Bréfritari: Jakobína Jónsdóttir
Viðtakandi: Sólveig Jónsdóttir
Dagsetning: A-1879-01-29
Skrifað á: Bessastöðum  Gull.
systir bréfviðtakanda

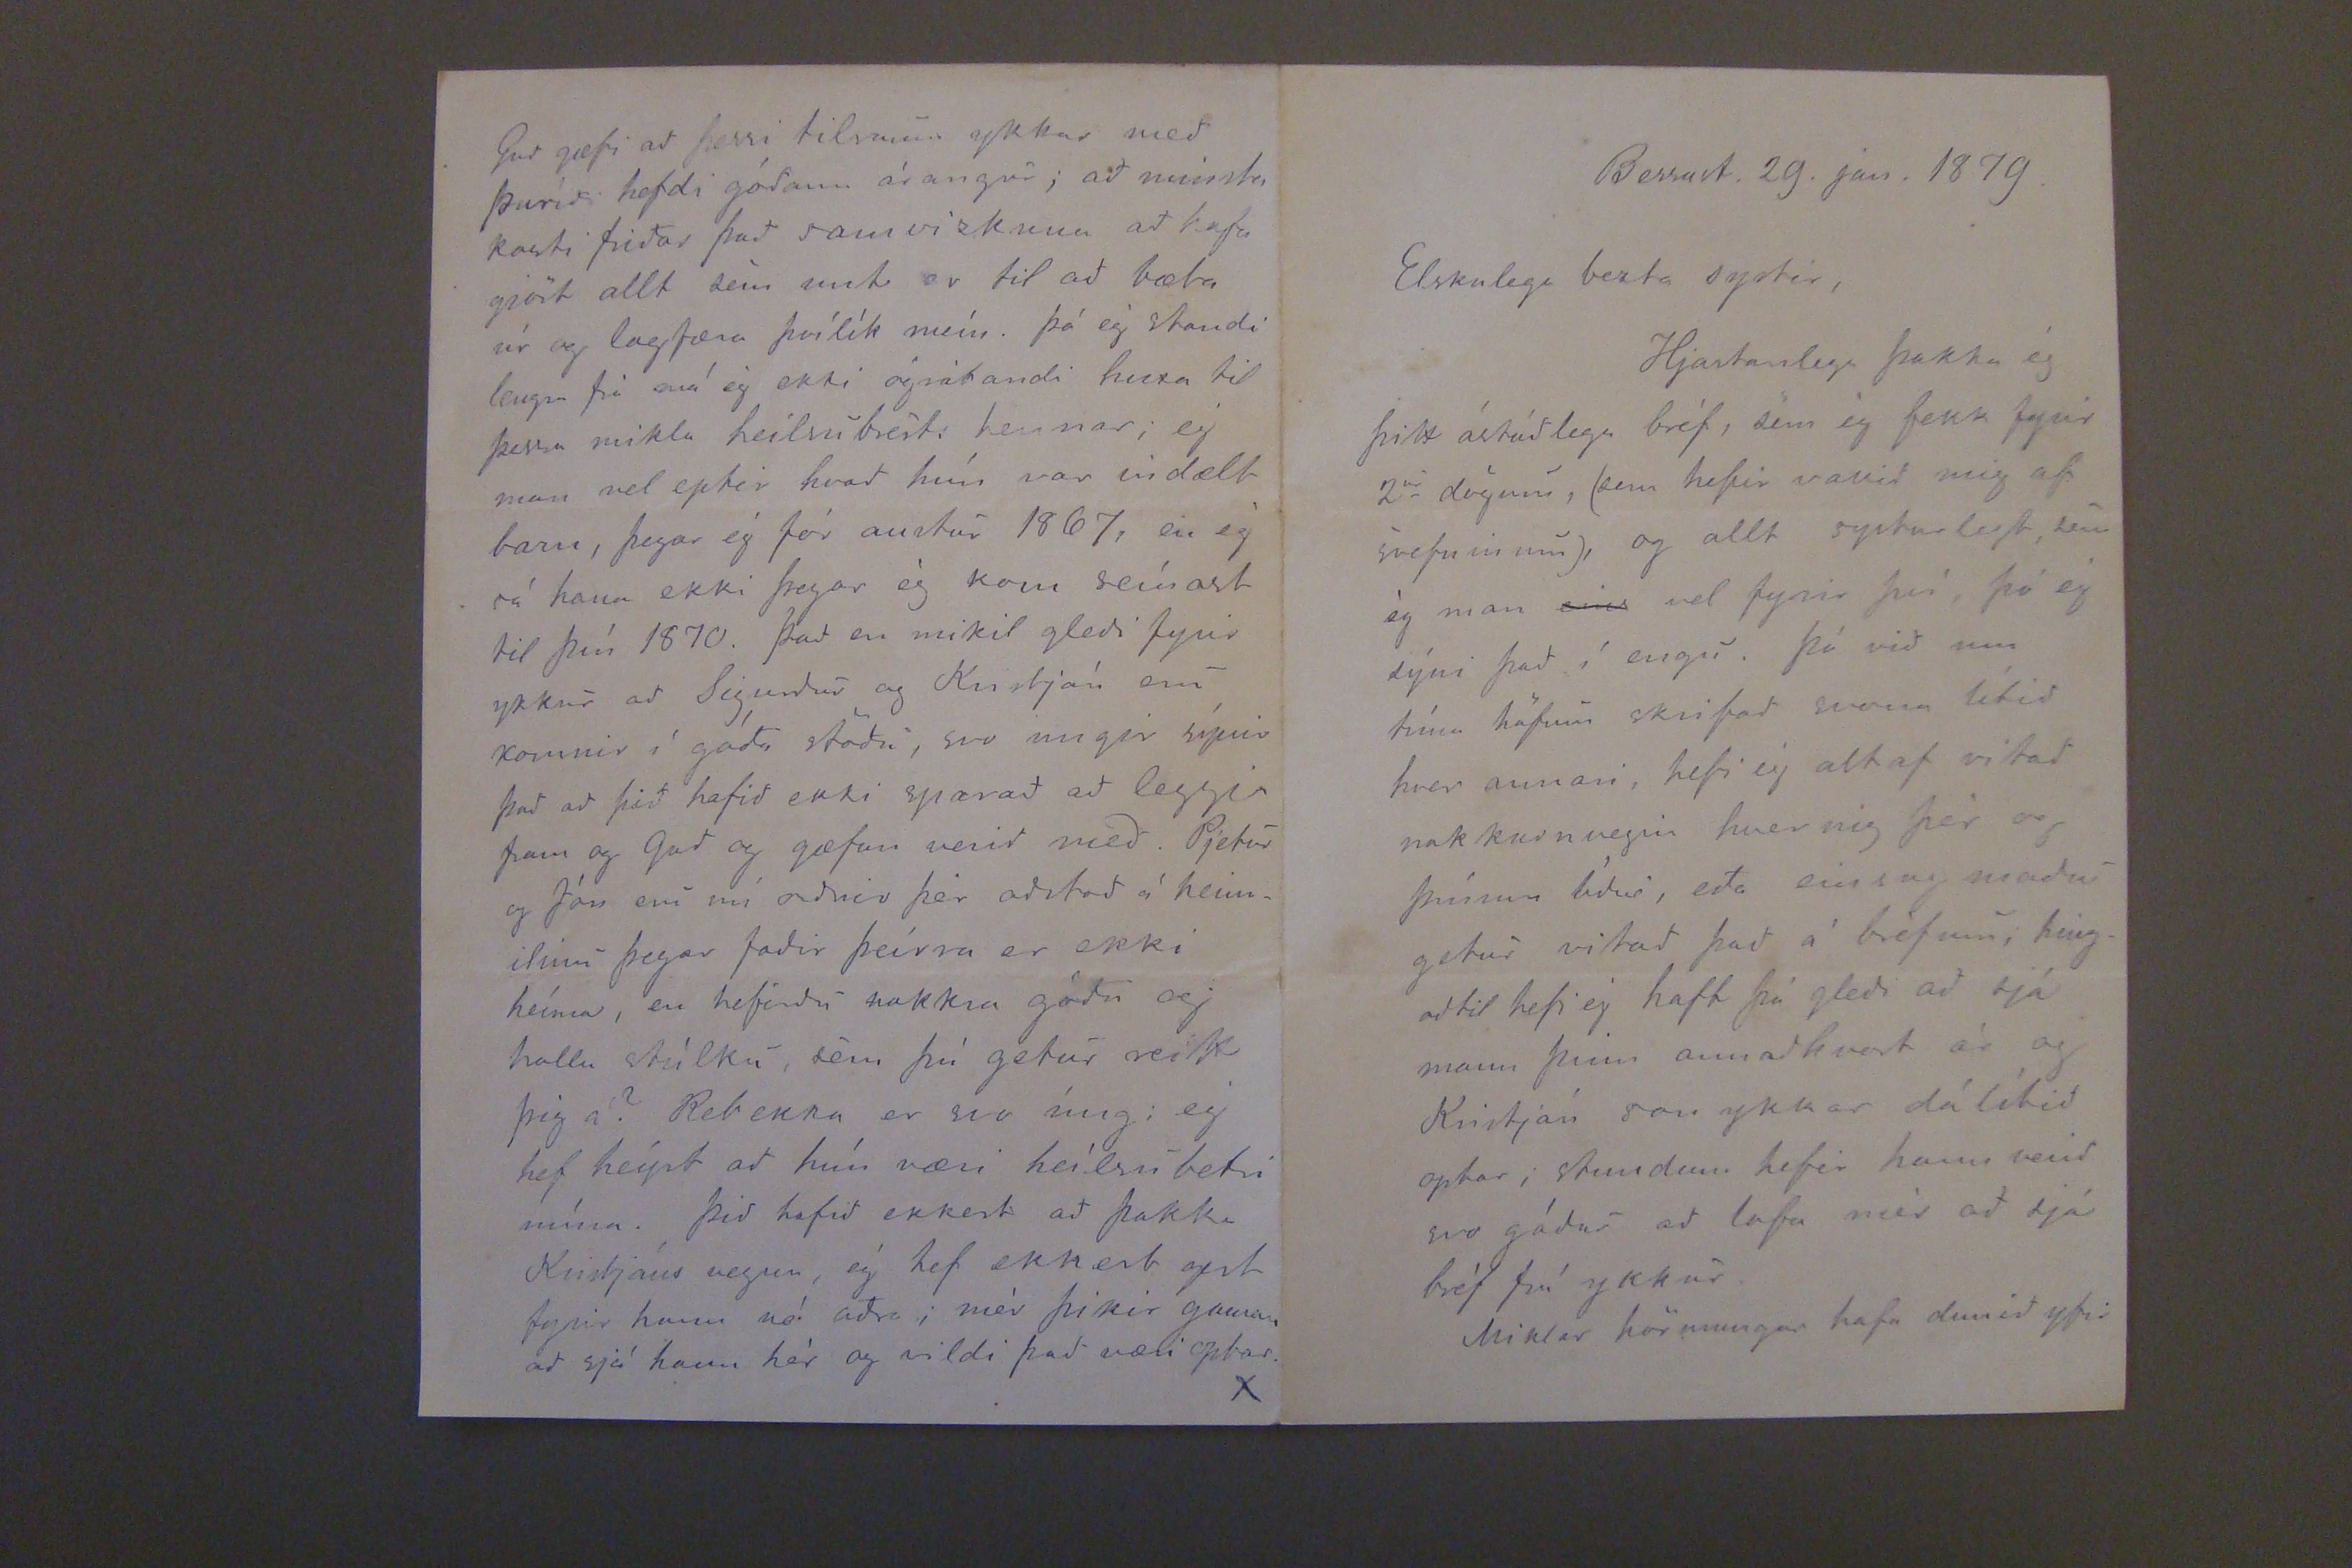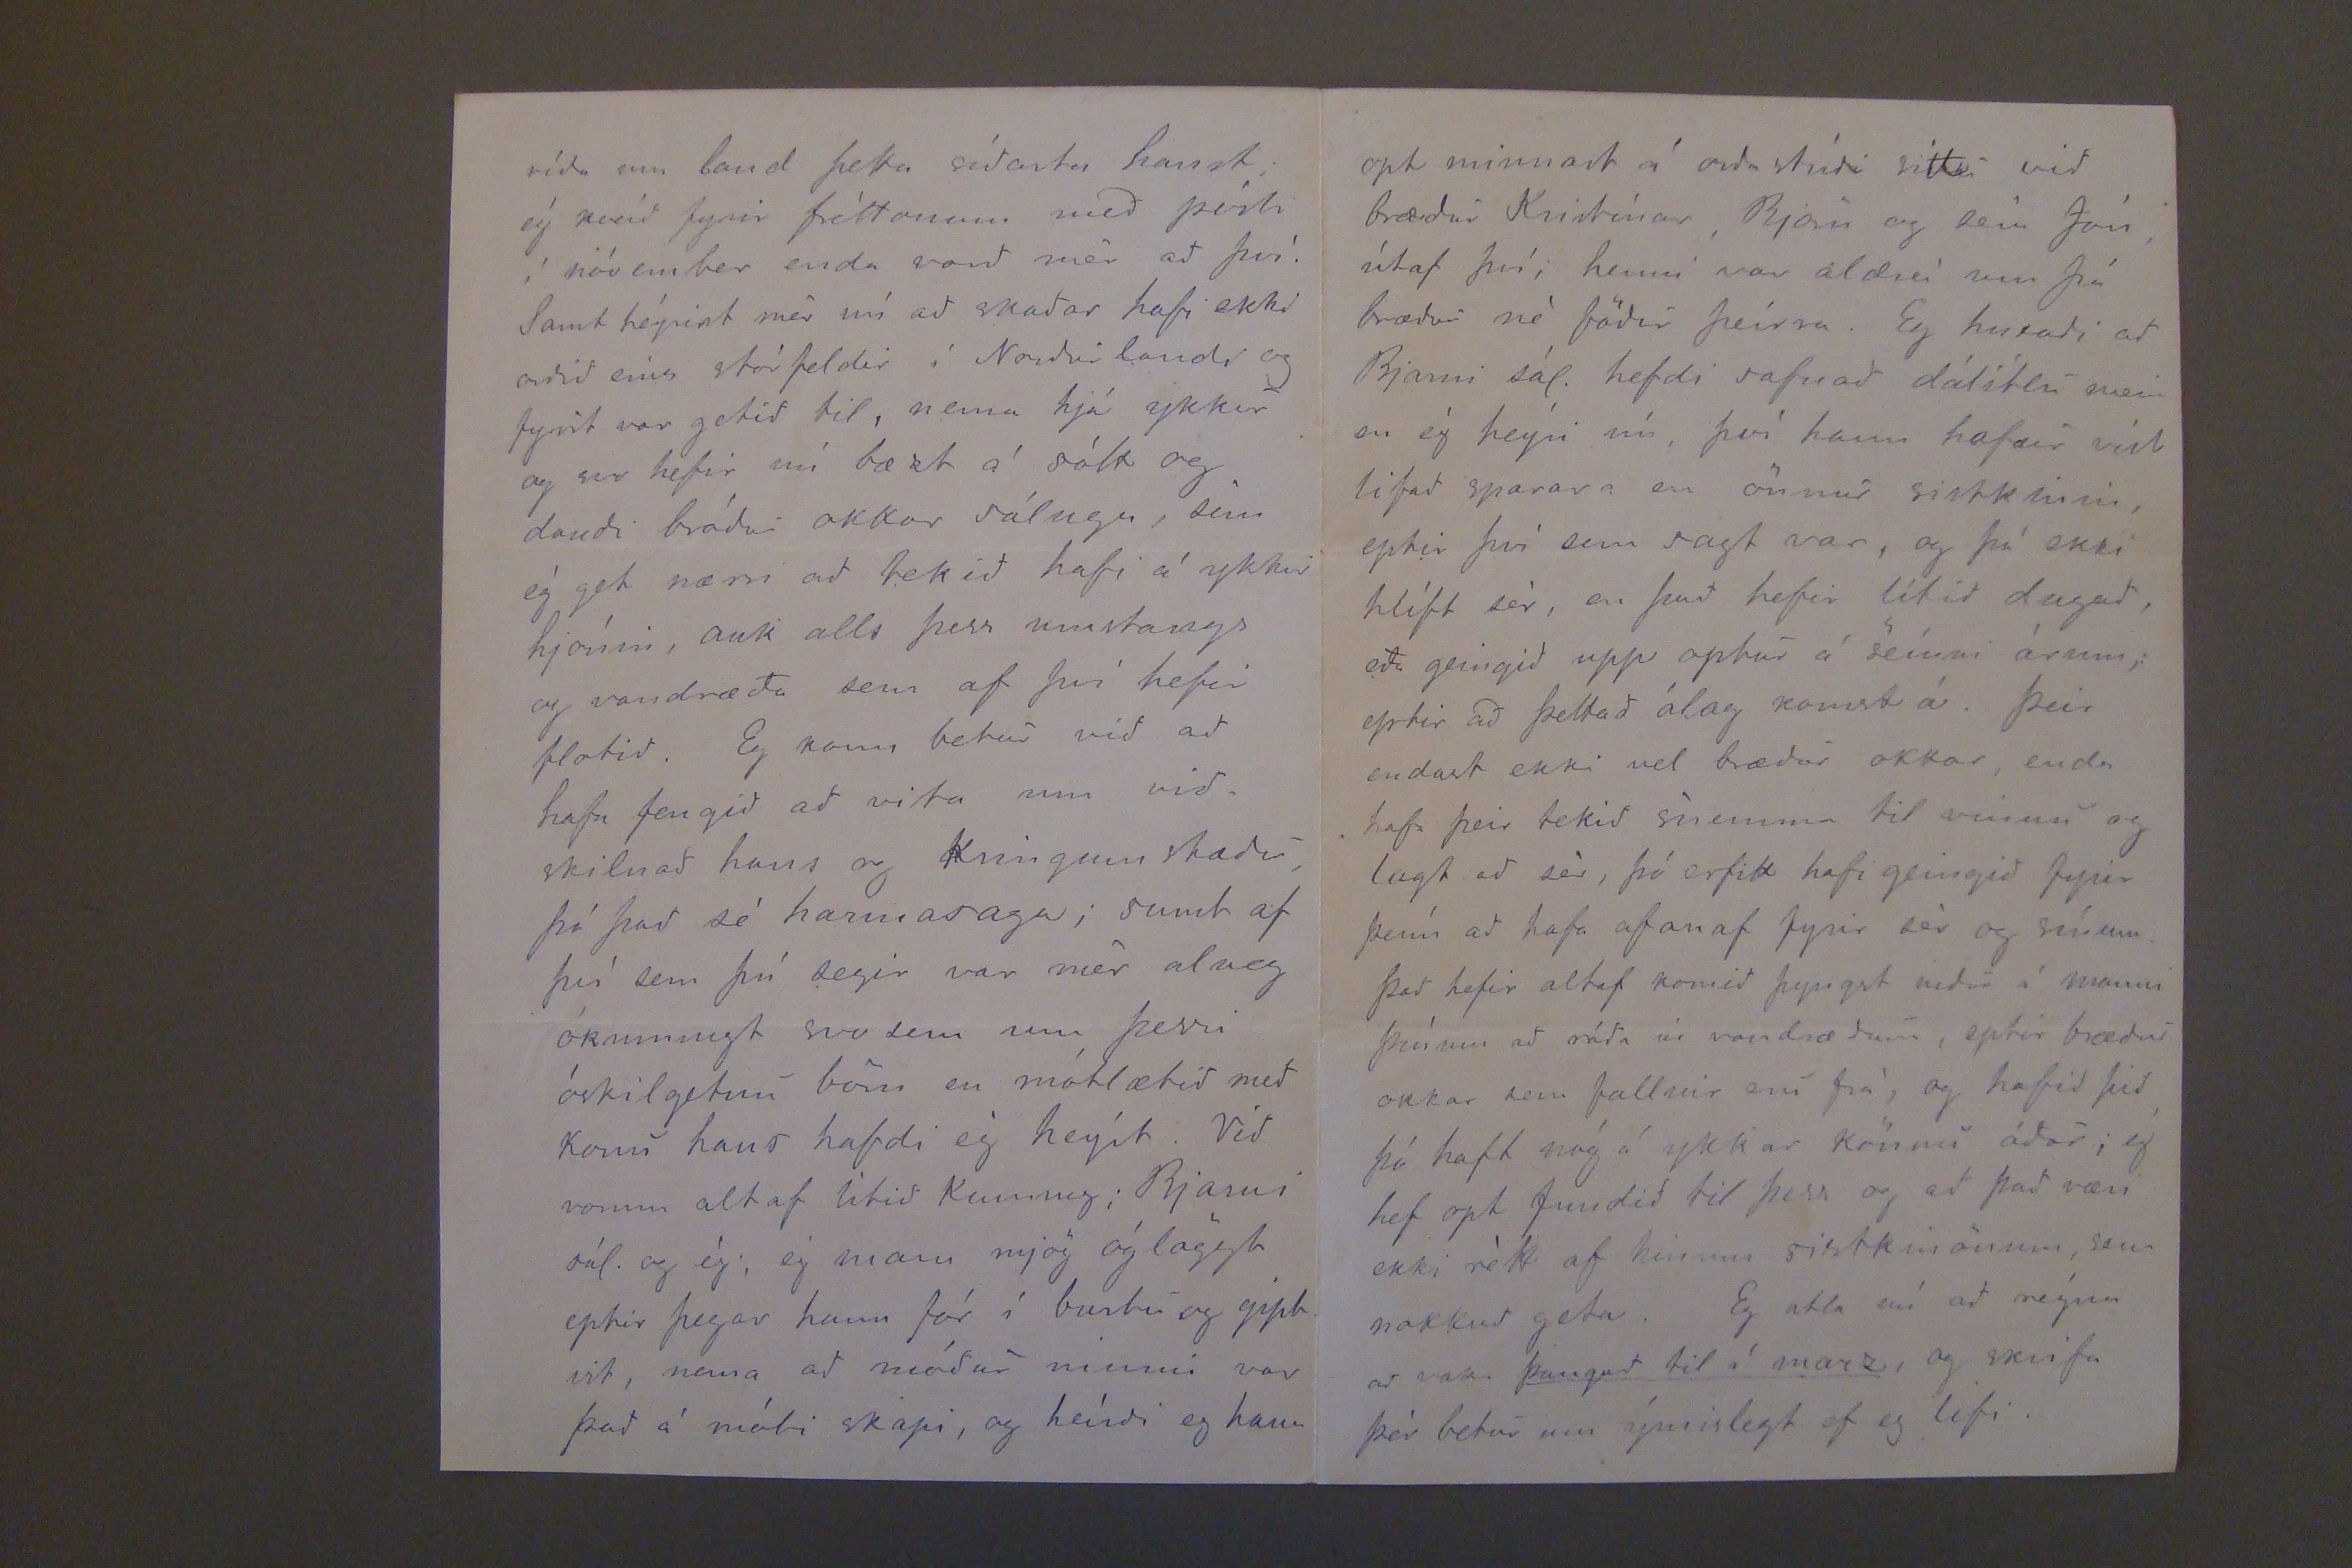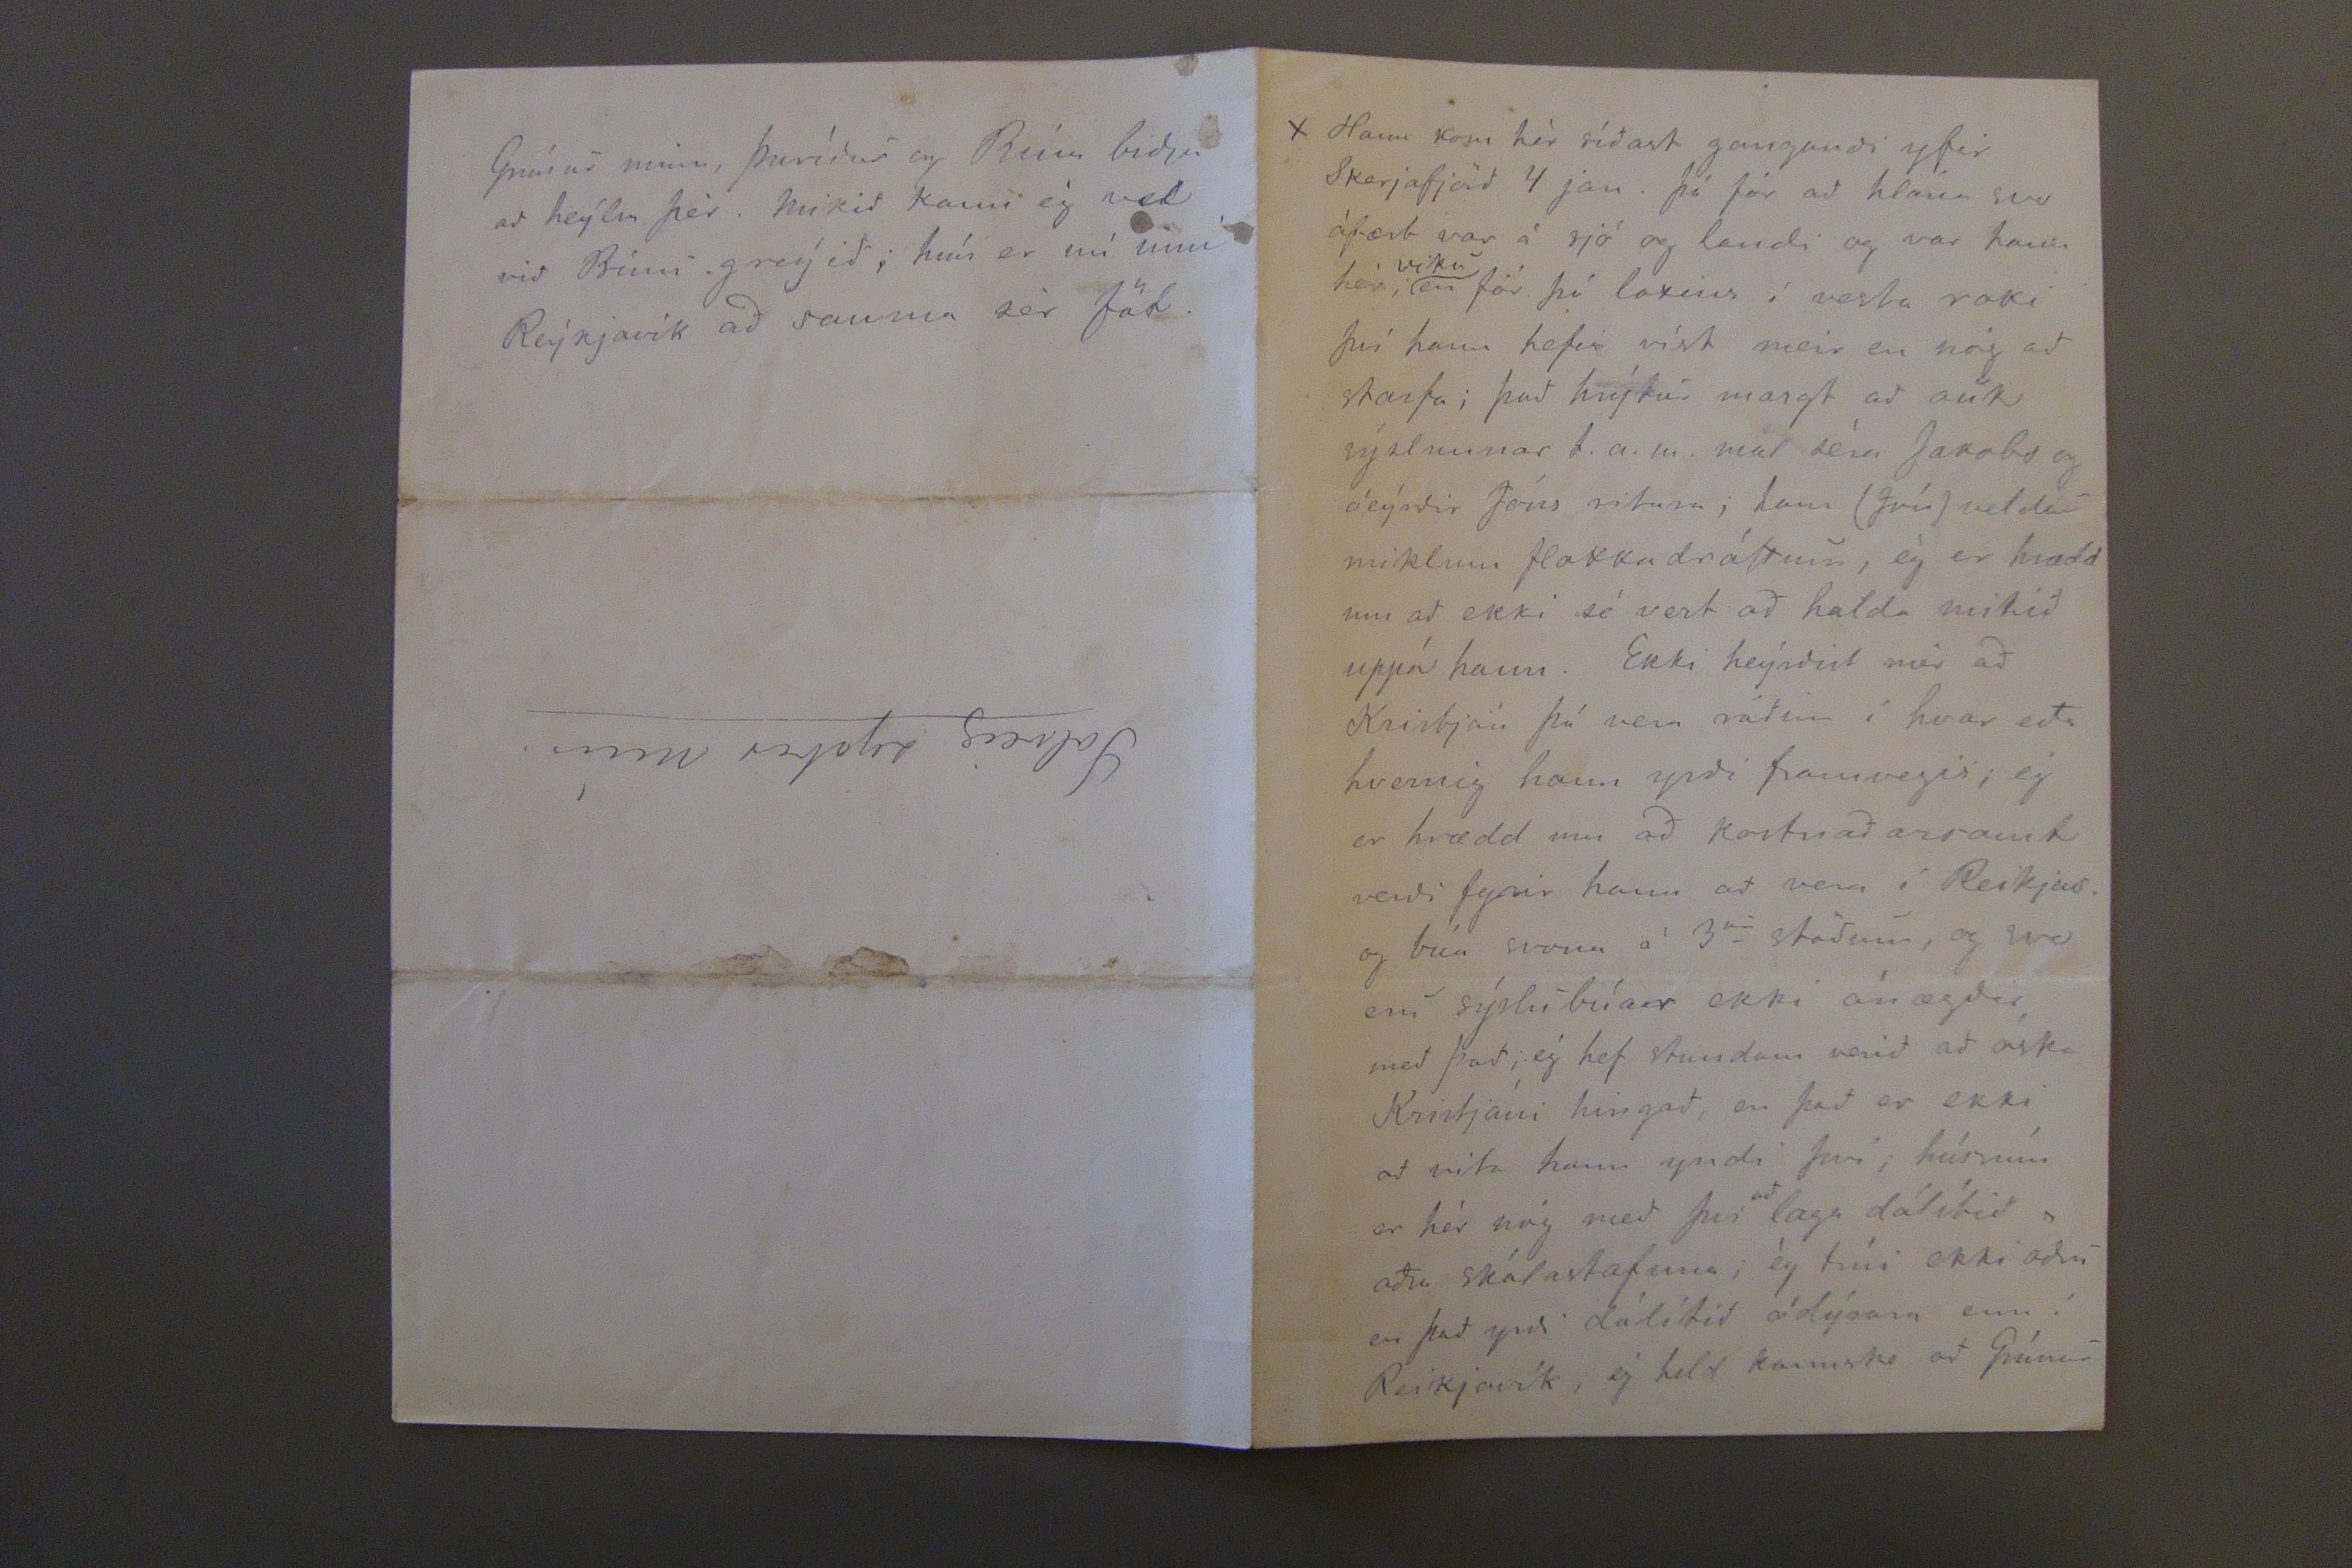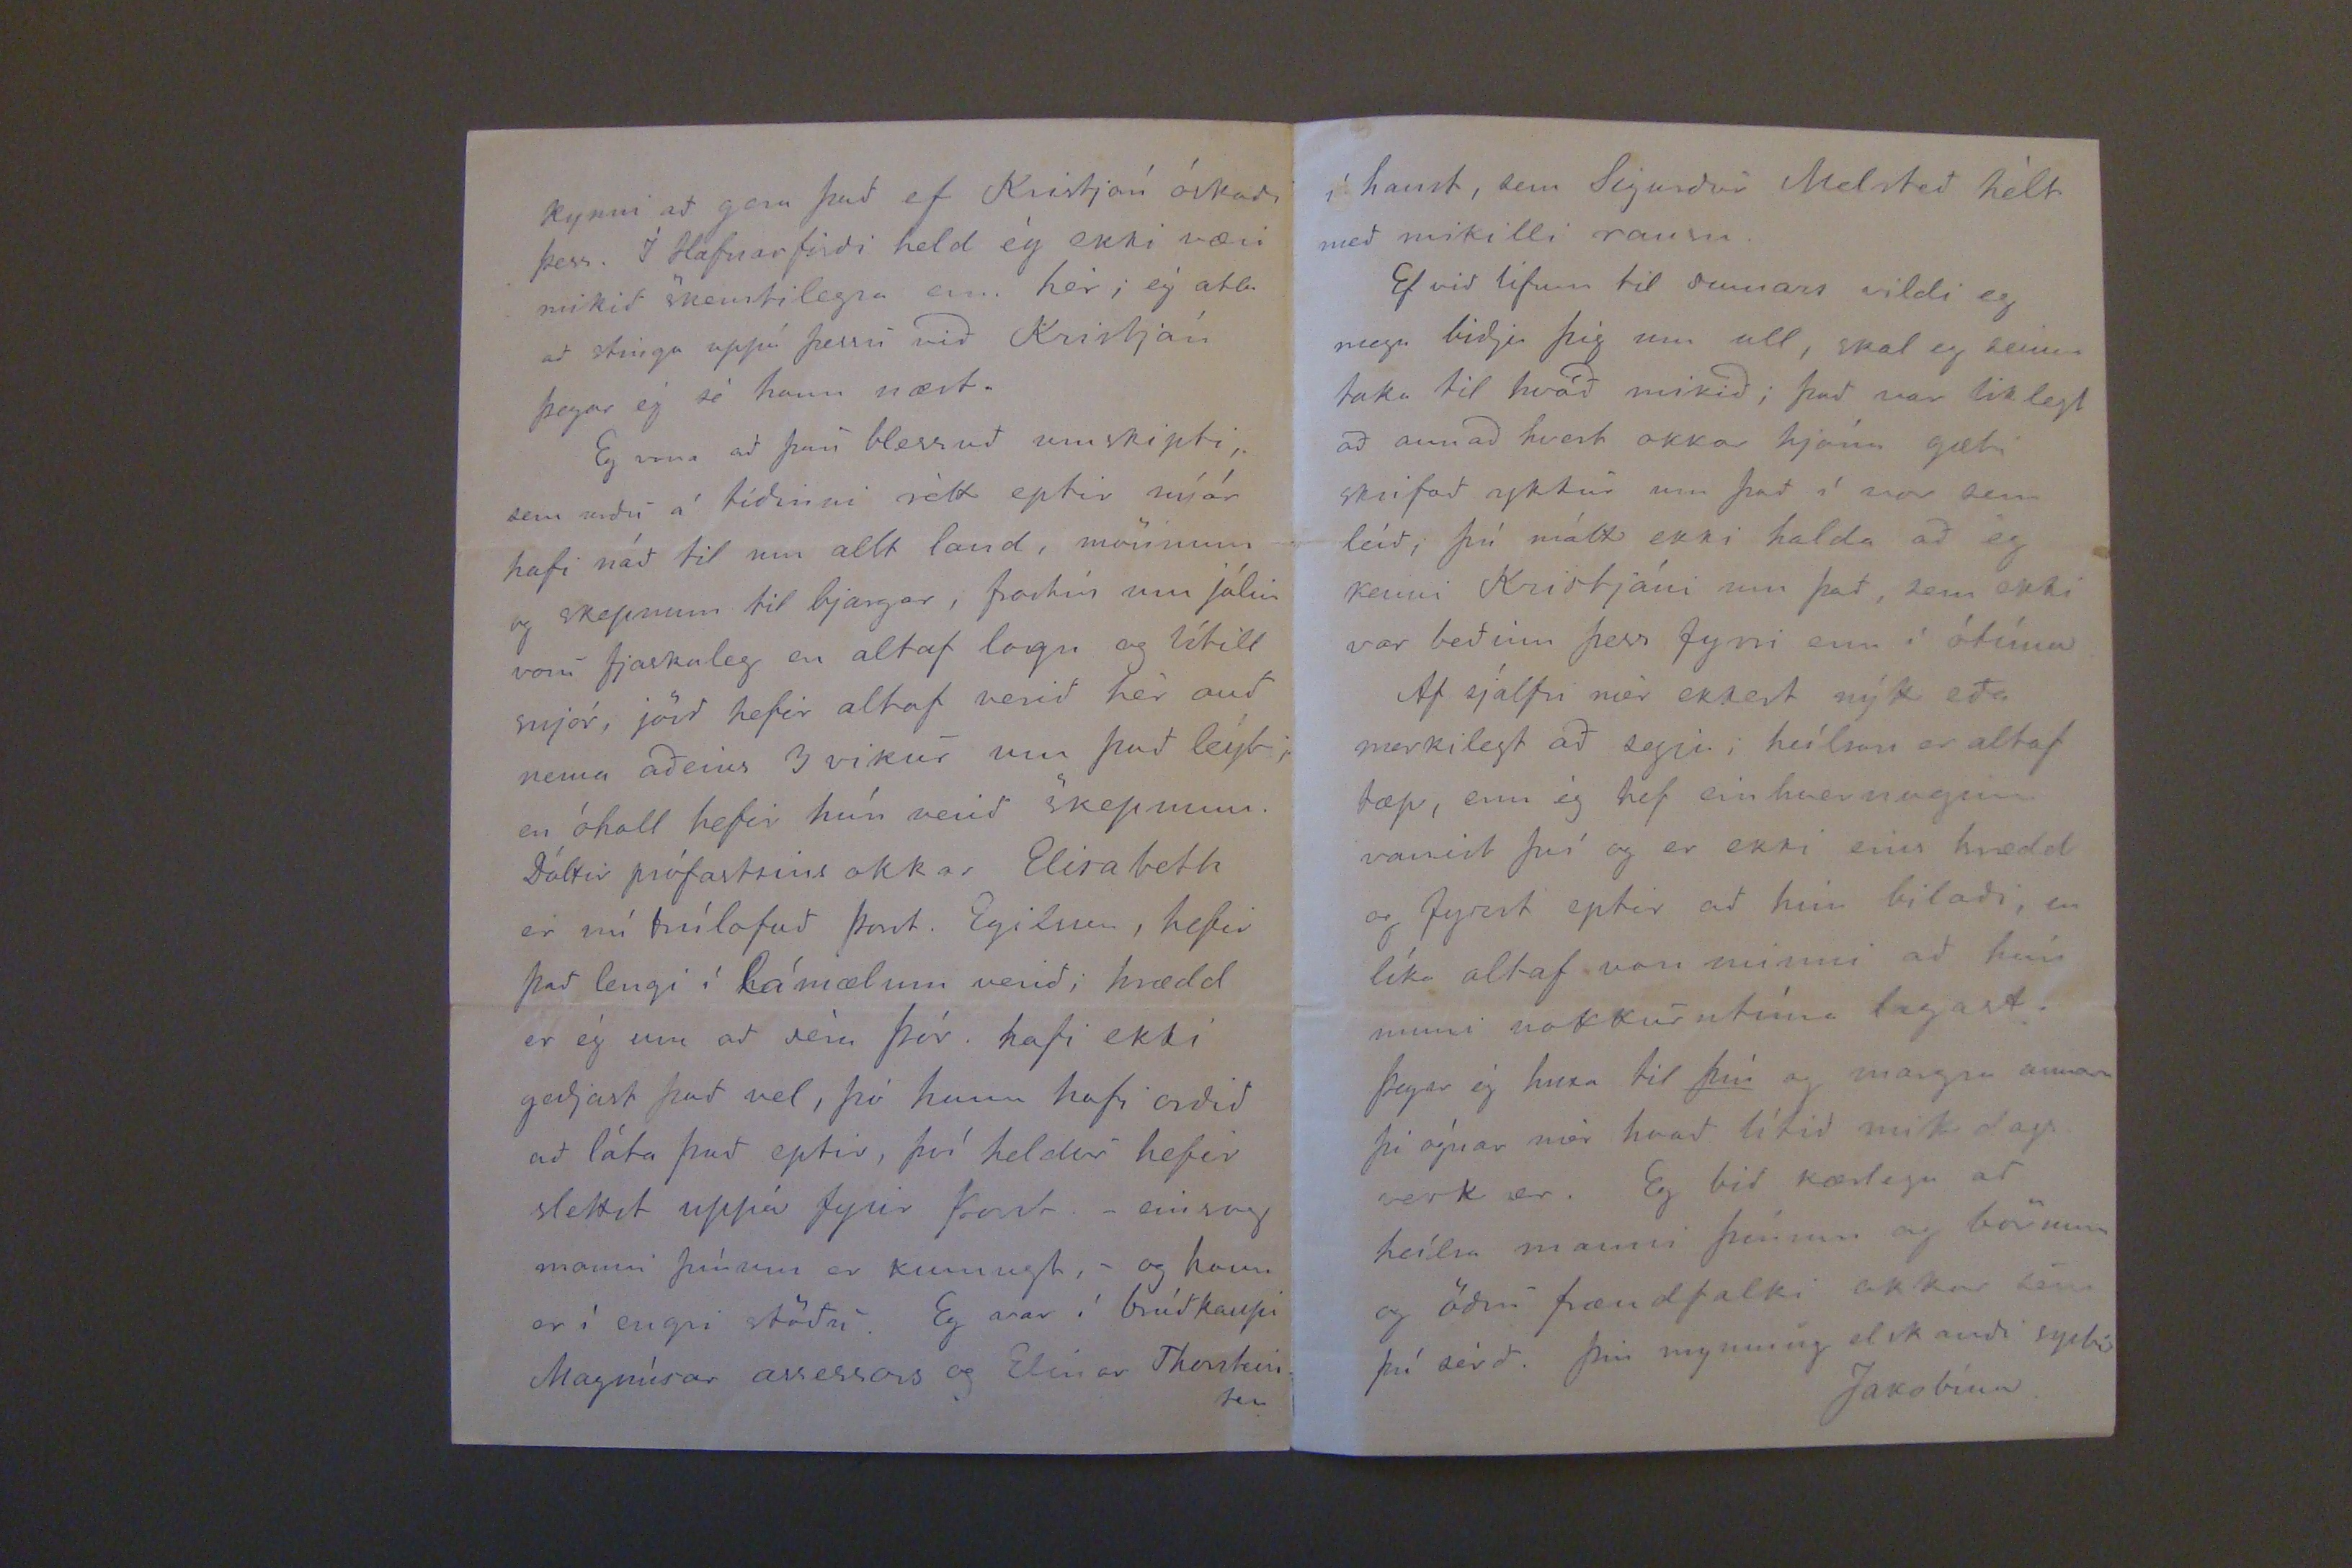

Bessast. 29. jan. 1879.
Elskulega bezra systir,
Hjartanlega þakka ég þitt ástúdlega bréf, sem ég fekk fyrir 2
ur
dögum, (sem hefir vakid mig af svefninum), og allt systurlegt, sem ég man
eins
vel fyrir því, þó ég sýni þad í engu, þó vid um tíma höfum skrifad svona lítid hver annari, hefi ég altaf vitad nokkurnvegin hvernig þér og þínum lídur, eda einsog madur getur vitad þad á bréfum; hingad til hefi ég haft þá gledi ad sjá mann þinn annadhvort ár og Kristján son ykkar dálítid optar; stundum hefir hann verid svo gódur ad lofa mér ad sjá bréf frá ykkur.
Miklar hörmungar hafa dunid yfir
vída u land þetta sídasta haust; ég kveid fyrir fréttonum med pósti í nóvember enda vard mér ad því. Samt heýrist mér nú ad skadar hafi ekki ordid eins stórfeldir í Nordurlandi og fyrst var getid til, nema hjá ykkur og svo hefir nú bæzr á sótt og daudi bródur okkar sáluga, sem ég get nærri ad tekid hafi á ykkur hónin, auk alls þess ustangs og vandræda sem af því hefir flotid. Eg kann betur vid ad hafa fengid ad vita um vidskilnad hans og kringum stædur þó þad sé harmasaga; sumt af þvi sem þú segir var mér alveg ókunnugt svo sem um þessi óskilgetnu börn en mótlætid med konu hans hafdi ég heýrt. Vid vorum altaf lítid kunnug; Bjarni sál. og ég; ég man mjög óglöggt eptir þegar hann fór í burtu og giptist, nema ad módur minni var þad á móti skapi, og heírdi eg hann
Gud gæfi ad þessi tilraun ykkar med Þurídi hafdi gódann árangur; ad minsta kosti fridar þad samvizkuna ad hafa gjört allt sem unt er til ad bæta úr og lagfæra þvílík meín. Þó ég standi lengra frá má ég ekki ógrátandi huxa til þessa mikla heilsubresti henna; eg man vel eptir hvad hún var indælt barn, þegar ég fór austur 1867, en ég sá hana ekki þegar ég kom seínast til þín 1870. Þad er mikil gledi fyrir ykur ad Sigurdur og Kristján eru komnir í góda stödu, svo ungir sýnir þad ad þid hafid ekki sparad ad leggja fram og Gud og gæfur verid med. Pjetur og Jón eru nú ordnir þér adstod á heimilinu þegar fadir þeírra er ekki heíma, en hefirdu nokkra góda og holla stúlku, sem þú getur reitt þig á? Rebekka er svo úng; eg hef heýrt ad hún væri heílsubetri núna. Þid hafid ekkert ad þakka Kristjáns vegna, ég hef ekkert gert fyrir hann né adra; mér þikir gaman ad sjá hann hér og vildi þad væri optar. X
opt minnast á ordastrídi sitt vid brædur Kristrúnar, Björn og séra Jón, útaf því; henni var aldreí um þá brædur né födur þeírr. Eg huxadi ad Bjarni sál. hefdi safnad dálitlu meira en ég heýri nú, því hann hefur víst lifad sparara en önnur sistkinin, eptir því sem sagt var, og þó ekki hlíft sér, en þad hefur lífid dugad, eda geingid upp aptur á seínni árum; eptir ad þettad álag komst á. Þeir endast ekki vel brædur okkar, enda hafi þeir tekid snemma til vinnu og lagt ad sér, þó erfitt hafi geingid fyrir þeím ad hafa ofanaf fyrir sér og sínum. Þad hefir altaf komid þyngst nidur á manni þínum ad ráda úr vandrædum, eptir brædur okkar sem fallnir eru frá, og hafid þid þó haft nóg á ykkar könnu ádur; ég hef opt fundid til þess og ad þad væri ekki rétt af hinum sistkinönum, sem nokkud geta. Eg ætla nú ad reýna ad vaka
þangad til í marz
, og skrifa þér betur um ýmisleg ef eg lifi.
X Hann kom hér sídast gangandi yfir Skerjafjörd 4 jan. Þá fór ad hlína svo ófært var á sjó og landi og var hann hér i
viku
en fór þá loxins í vesta roki því hann hefir víst meir en nóg ad starfa; þad hrýtur margt ad auk sýslunnar t.a.m. mal séra Jakobs og óeýrdir Jóns ritara; hann (Jón) veldur miklum flokkadráttum, ég er hrædd um ad ekki sé vert ad halda mikid uppá hann. Ekki heýrdist mér ad Kristján þá væri rádinn í hvar eda hvernig hann yrdi framvegis; eg er hrædd um ad kostnadarsamt verdi fyrir hann ad vera í Reikjv. og búa svona á 3
ur
stödum, og svo eru sýslubúar ekki ánægdir med þad; ég hef stundum verid ad óska Kristjáni hingad, en þad er ekki ad vita hann yndi því; húsrúm er hér nóg med því
ad
laga dálítid adra skálastafina; ég trúi ekki ödru en þad yrdi dálítid ódýrara enn í Reikjavík, ég held kannske ad Grímur
kynni ad gera þad ef Kristján óskadi þess. Í Hafnarfirdi held ég ekki væri mikid skemtilegra enn hér; ég ætla ad stinga uppá þessu vid Kristján þegar ég sé hann næst.
Eg vona ad þau blessud umskiptir sem urdu á tídinni rétt eptir nýár hafi nád til um allt land, mönnum og skepnum til bjargar, frostin um jólin voru fjaskaleg en altaf logn og lítill snjór, jörd hefir altaf verid hér aud nema adeins 3 vikur um þad leýti en óhall hefir hún verid skepnum. Sáttir prófastsins okkar Elisabeth er nú trúlofud þorst. Egilsson, hefir þad lengi í hámælum verid; hrædd er ég um ad séra Þór. hafi ekki gedjast þad vel, þó hann hafi ordid ad láta þad eptir, því heldur hefir slettst uppá fyrir Þordr. -einsog manni þínum er kunnugt,- og hann er í engri stödu. Eg var í brúdkaupi Magnúsar assessors og Elinar Thorsteins
Grímur minn, Þurídur og Bína bidja ad heýlsa þér. Mikid kann ég vel vid Bínu greýid; hún er nú inní Reýkjavík ad sauma sér föt.
Solveig systir mín.
í haust, sem Sigudur Melsted hélt med mikilli rausu.
Ef vid lifum til sumars vildi eg mega bidja þig um ull, skal eg seinna taka til hvad mikid; þad var liklegt ad annad hvert okkar hjóna gæti skrifad ykkur um þad í vor sem leíd, þú mátt ekki halda ad ég kenni Kristjáni um þad, sem ekki var bedinn þess fyrri enn í ótíma.
Af sjálfu mér ekkert nýtt eda merkilegt ad segja; heílsan er altaf tæp, enn ég hef einhvernveginn vanist því og er ekki eins hrædd og fyrst eptir ad hún biladi en líka altaf von minni ad hún muni nokkurntíma lagast. Þegar ég huxa til
þín
og margra annara þá ógnar mér hvad lítid mikidagsverk er. Eg bid kærlega ad heílsa manni þínum og börnum og ödru frændfolki okkar sem þú sérd. Þín mynnug elskandi systir
Jakóbína.